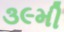
૩૯મી